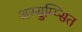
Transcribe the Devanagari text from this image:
अस्सुम्प्सित